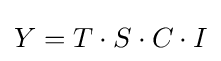
Y=T\cdot S\cdot C\cdot I